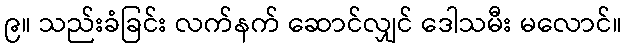
၉။ သည်းခံခြင်း လက်နက် ဆောင်လျှင် ဒေါသမီး မလောင်။